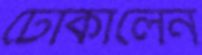
ঢোকালেন